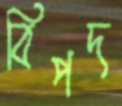
বিপদ